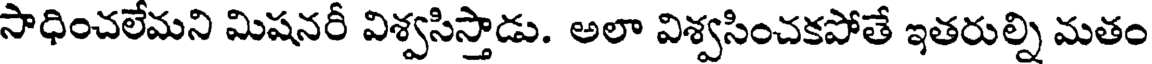
సాధించలేమని మిషనరీ విశ్వసిస్తాడు. అలా విశ్వసించకపోతే ఇతరుల్ని మతం